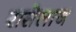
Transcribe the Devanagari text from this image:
रासेलाज